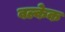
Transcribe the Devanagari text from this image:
वल्केक